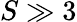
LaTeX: S\gg 3